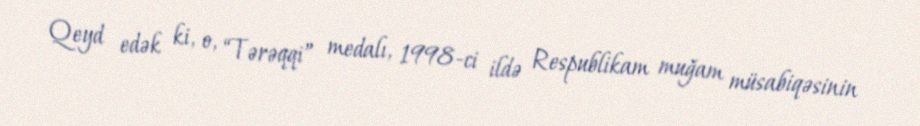
Qeyd edək ki, o, “Tərəqqi” medalı, 1998-ci ildə Respublikam muğam müsabiqəsinin